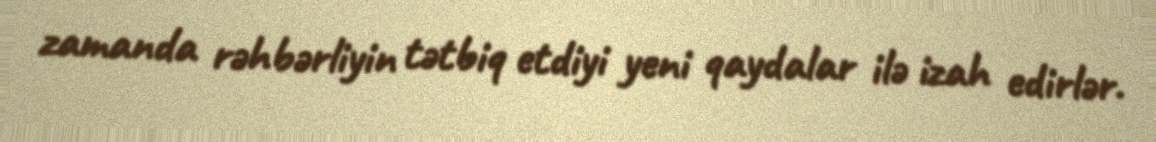
zamanda rəhbərliyin tətbiq etdiyi yeni qaydalar ilə izah edirlər.